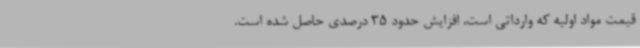
قیمت مواد اولیه که وارداتی است، افزایش حدود 35 درصدی حاصل شده است.